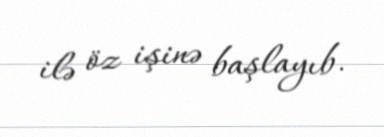
ilə öz işinə başlayıb.